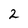
Character: 2